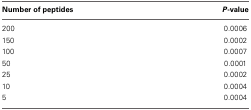
| Number of peptides | P-value |
 | --- | --- |
 | 200 | 0.0006 |
 | 150 | 0.0002 |
 | 100 | 0.0007 |
 | 50 | 0.0001 |
 | 25 | 0.0002 |
 | 10 | 0.0004 |